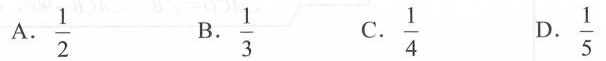
A.\frac{1}{2} B.\frac{1}{3} C.\frac{1}{4} D.\frac{1}{5}